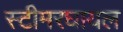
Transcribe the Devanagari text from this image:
स्टीमरघायल